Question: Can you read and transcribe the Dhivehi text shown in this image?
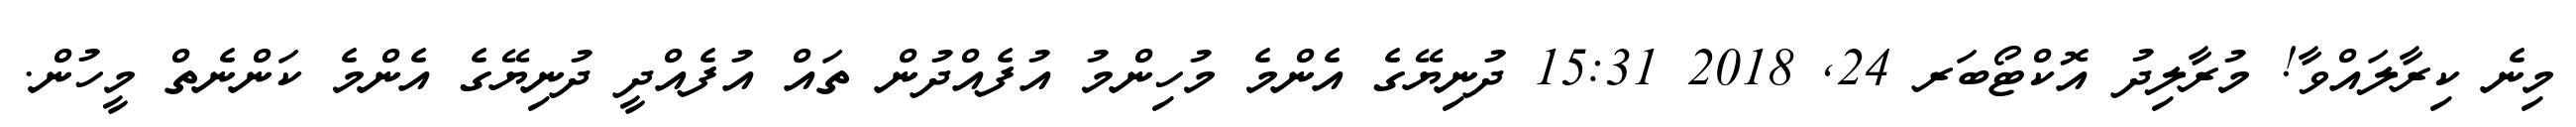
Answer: މިނެ ކިރާލައްވާ! މުރާލިދު އޮކްޓޯބަރ 24, 2018 15:31 ދުނިޔޭގެ އެންމެ މުހިންމު އުފެއްދުން ތައް އުފެއްދީ ދުނިޔޭގެ އެންމެ ކަންނެތް މީހުން.